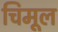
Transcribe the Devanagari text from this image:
चिमूल